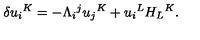
\delta u _ { i } { } ^ { K } = - \Lambda _ { i } { } ^ { j } u _ { j } { } ^ { K } + u _ { i } { } ^ { L } H _ { L } { } ^ { K } .